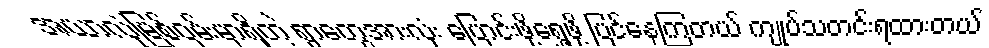
အယာလုံမြစ်ဝှမ်းမှာရှိတဲ့ ရွာတွေအားလုံး ပြောင်းဖို့ရွှေ့ဖို့ ပြင်နေကြတယ် ကျုပ်သတင်းရထားတယ်